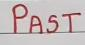
Past